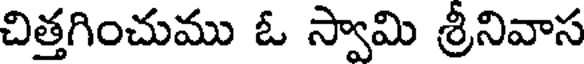
చిత్తగించుము ఓ స్వామి శ్రీనివాస